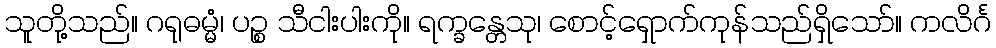
သူတို့သည်။ ဂရုဓမ္မံ၊ ပဉ္စ သီငါးပါးကို။ ရက္ခန္တေသု၊ စောင့်ရှောက်ကုန်သည်ရှိသော်။ ကလိင်္ဂ